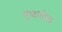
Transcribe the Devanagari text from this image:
युध्दातील